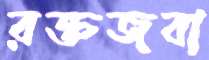
রক্তজবা